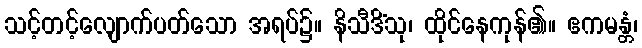
သင့်တင့်လျောက်ပတ်သော အရပ်၌။ နိသီဒိံသု၊ ထိုင်နေကုန်၏။ ဧကမန္တံ၊